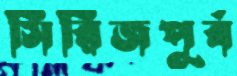
সিরিজপূর্ব